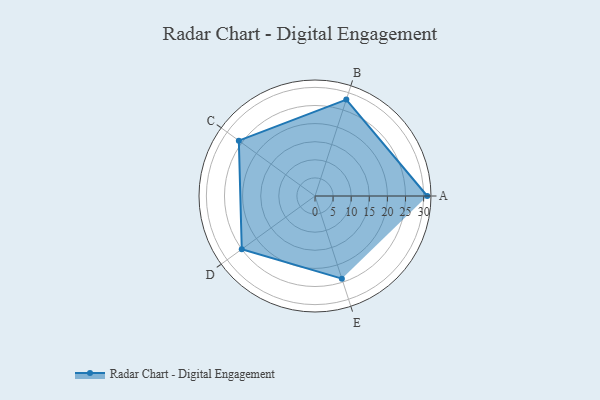
{"axis": {"x": "Skill", "y": "Score"}, "legend": ["Profile"], "data": [{"x": "A", "y": 31.0, "type": "Profile"}, {"x": "B", "y": 28.0, "type": "Profile"}, {"x": "C", "y": 26.0, "type": "Profile"}, {"x": "D", "y": 25.0, "type": "Profile"}, {"x": "E", "y": 24.0, "type": "Profile"}]}